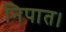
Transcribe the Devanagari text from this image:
निपात।